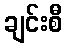
ချင်းစီ